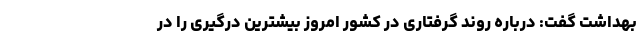
بهداشت گفت: درباره روند گرفتاری در کشور امروز بیشترین درگیری را در